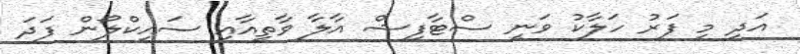
އަދި މި ފަރު ހަލާކު ވަނީ ސްޓާފިޝް އާލާ ވާތީއާއި ސައިކްލޯން ފަދަ